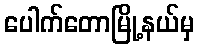
ပေါက်တောမြို့နယ်မှ